Insane asylums Bombay 1873-77 - 1873-1877
Year: 1873
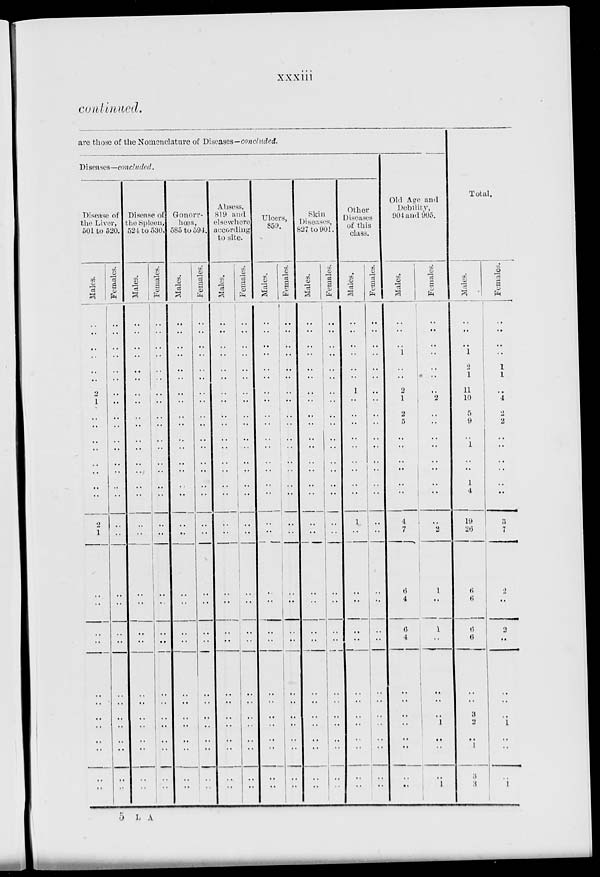
xxxiii
continued.
are those of the Nomenclature of Diseases — concluded.
Diseases—concluded.
Disease of
the Liver,
501 to 520.
Males.
..
..
..
..
..
..
2
1
..
..
..
..
..
..
..
..
2
1
..
..
..
..
..
..
..
..
..
..
..
..
Females.
..
..
..
..
..
..
..
..
..
..
..
..
..
..
..
..
..
..
..
..
..
..
..
..
..
..
..
..
..
..
Disease of
the Spleen,
524 to 530.
Males.
..
..
..
..
..
..
..
..
..
..
..
..
..
..
..
..
..
..
..
..
..
..
..
..
..
..
..
..
..
..
Females.
..
..
..
..
..
..
..
..
..
..
..
..
..
..
..
..
..
..
..
..
..
..
..
..
..
..
..
..
..
..
Gonorr-
hoea,
585 to 594.
Males.
..
..
..
..
..
..
..
..
..
..
..
..
..
..
..
..
..
..
..
..
..
..
..
..
..
..
..
..
..
..
Females.
..
..
..
..
..
..
..
..
..
..
..
..
..
..
..
..
..
..
..
..
..
..
..
..
..
..
..
..
Absess,
819 and
elsewhere
according
to site.
Males.
..
..
..
..
..
..
..
..
..
..
..
..
..
..
..
..
..
..
..
..
..
..
..
..
..
..
..
..
..
..
Females.
..
..
..
..
..
..
..
..
..
..
..
..
..
..
..
..
..
..
..
..
..
..
..
..
...
..
..
..
..
..
Ulcers,
859.
Males.
..
..
..
..
..
..
..
..
..
..
..
..
..
..
..
..
..
..
..
..
..
..
..
..
..
..
..
..
..
..
Females.
..
..
..
..
..
..
..
..
..
..
..
..
..
..
..
..
..
..
..
..
..
..
..
..
..
..
..
..
..
..
Skin
Diseases,
827 to 901.
Males.
..
..
..
..
..
..
..
..
..
..
..
..
..
..
..
..
..
..
..
..
..
..
..
..
..
..
..
..
..
..
Females.
..
..
..
..
..
..
..
..
..
..
..
..
..
..
..
..
..
..
..
..
..
..
..
..
..
..
..
..
..
..
Other
Diseases
of this
class.
Males.
..
..
..
..
..
..
1
..
..
..
..
..
..
..
..
..
1
..
..
..
..
..
..
..
..
..
..
..
..
..
Females.
..
..
..
..
..
..
..
..
..
..
..
..
..
..
..
..
..
..
..
..
..
..
..
..
..
..
..
..
..
..
Old Age and
Debility,
904 and 905.
Males.
..
..
..
1
..
..
2
1
2
5
..
..
..
..
..
..
4
7
6
4
6
4
..
..
..
..
..
..
..
..
Females.
..
..
..
..
..
..
..
2
..
..
..
..
..
..
..
..
..
2
1
..
1
..
..
..
..
1
..
..
..
1
Total.
Males.
..
..
..
1
2
1
11
10
5
9
..
1
..
..
1
4
19
26
6
6
6
6
..
..
3
2
..
1
3
3
Females.
..
..
..
..
1
1
..
4
2
2
..
..
..
..
..
..
3
7
2
..
2
..
..
..
..
1
..
..
..
1
5 L A